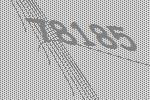
78185